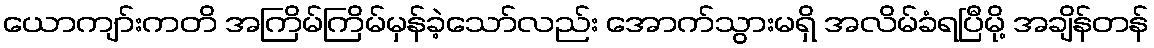
ယောကျာ်းကတိ အကြိမ်ကြိမ်မှန်ခဲ့သော်လည်း အောက်သွားမရှိ အလိမ်ခံရပြီမို့ အချိန်တန်